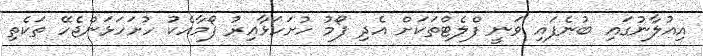
އިއުލާނުގައި ބުނެފައި ވަނީ ފްލެޓްތަކަށް އެދި ފޯމު ހުށަހަޅާއިރު ފޯމާއެކު ހުށަހަޅަންޖެހޭ ތަކެތި